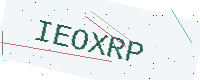
Text: IEOXRP